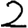
Digit: 2